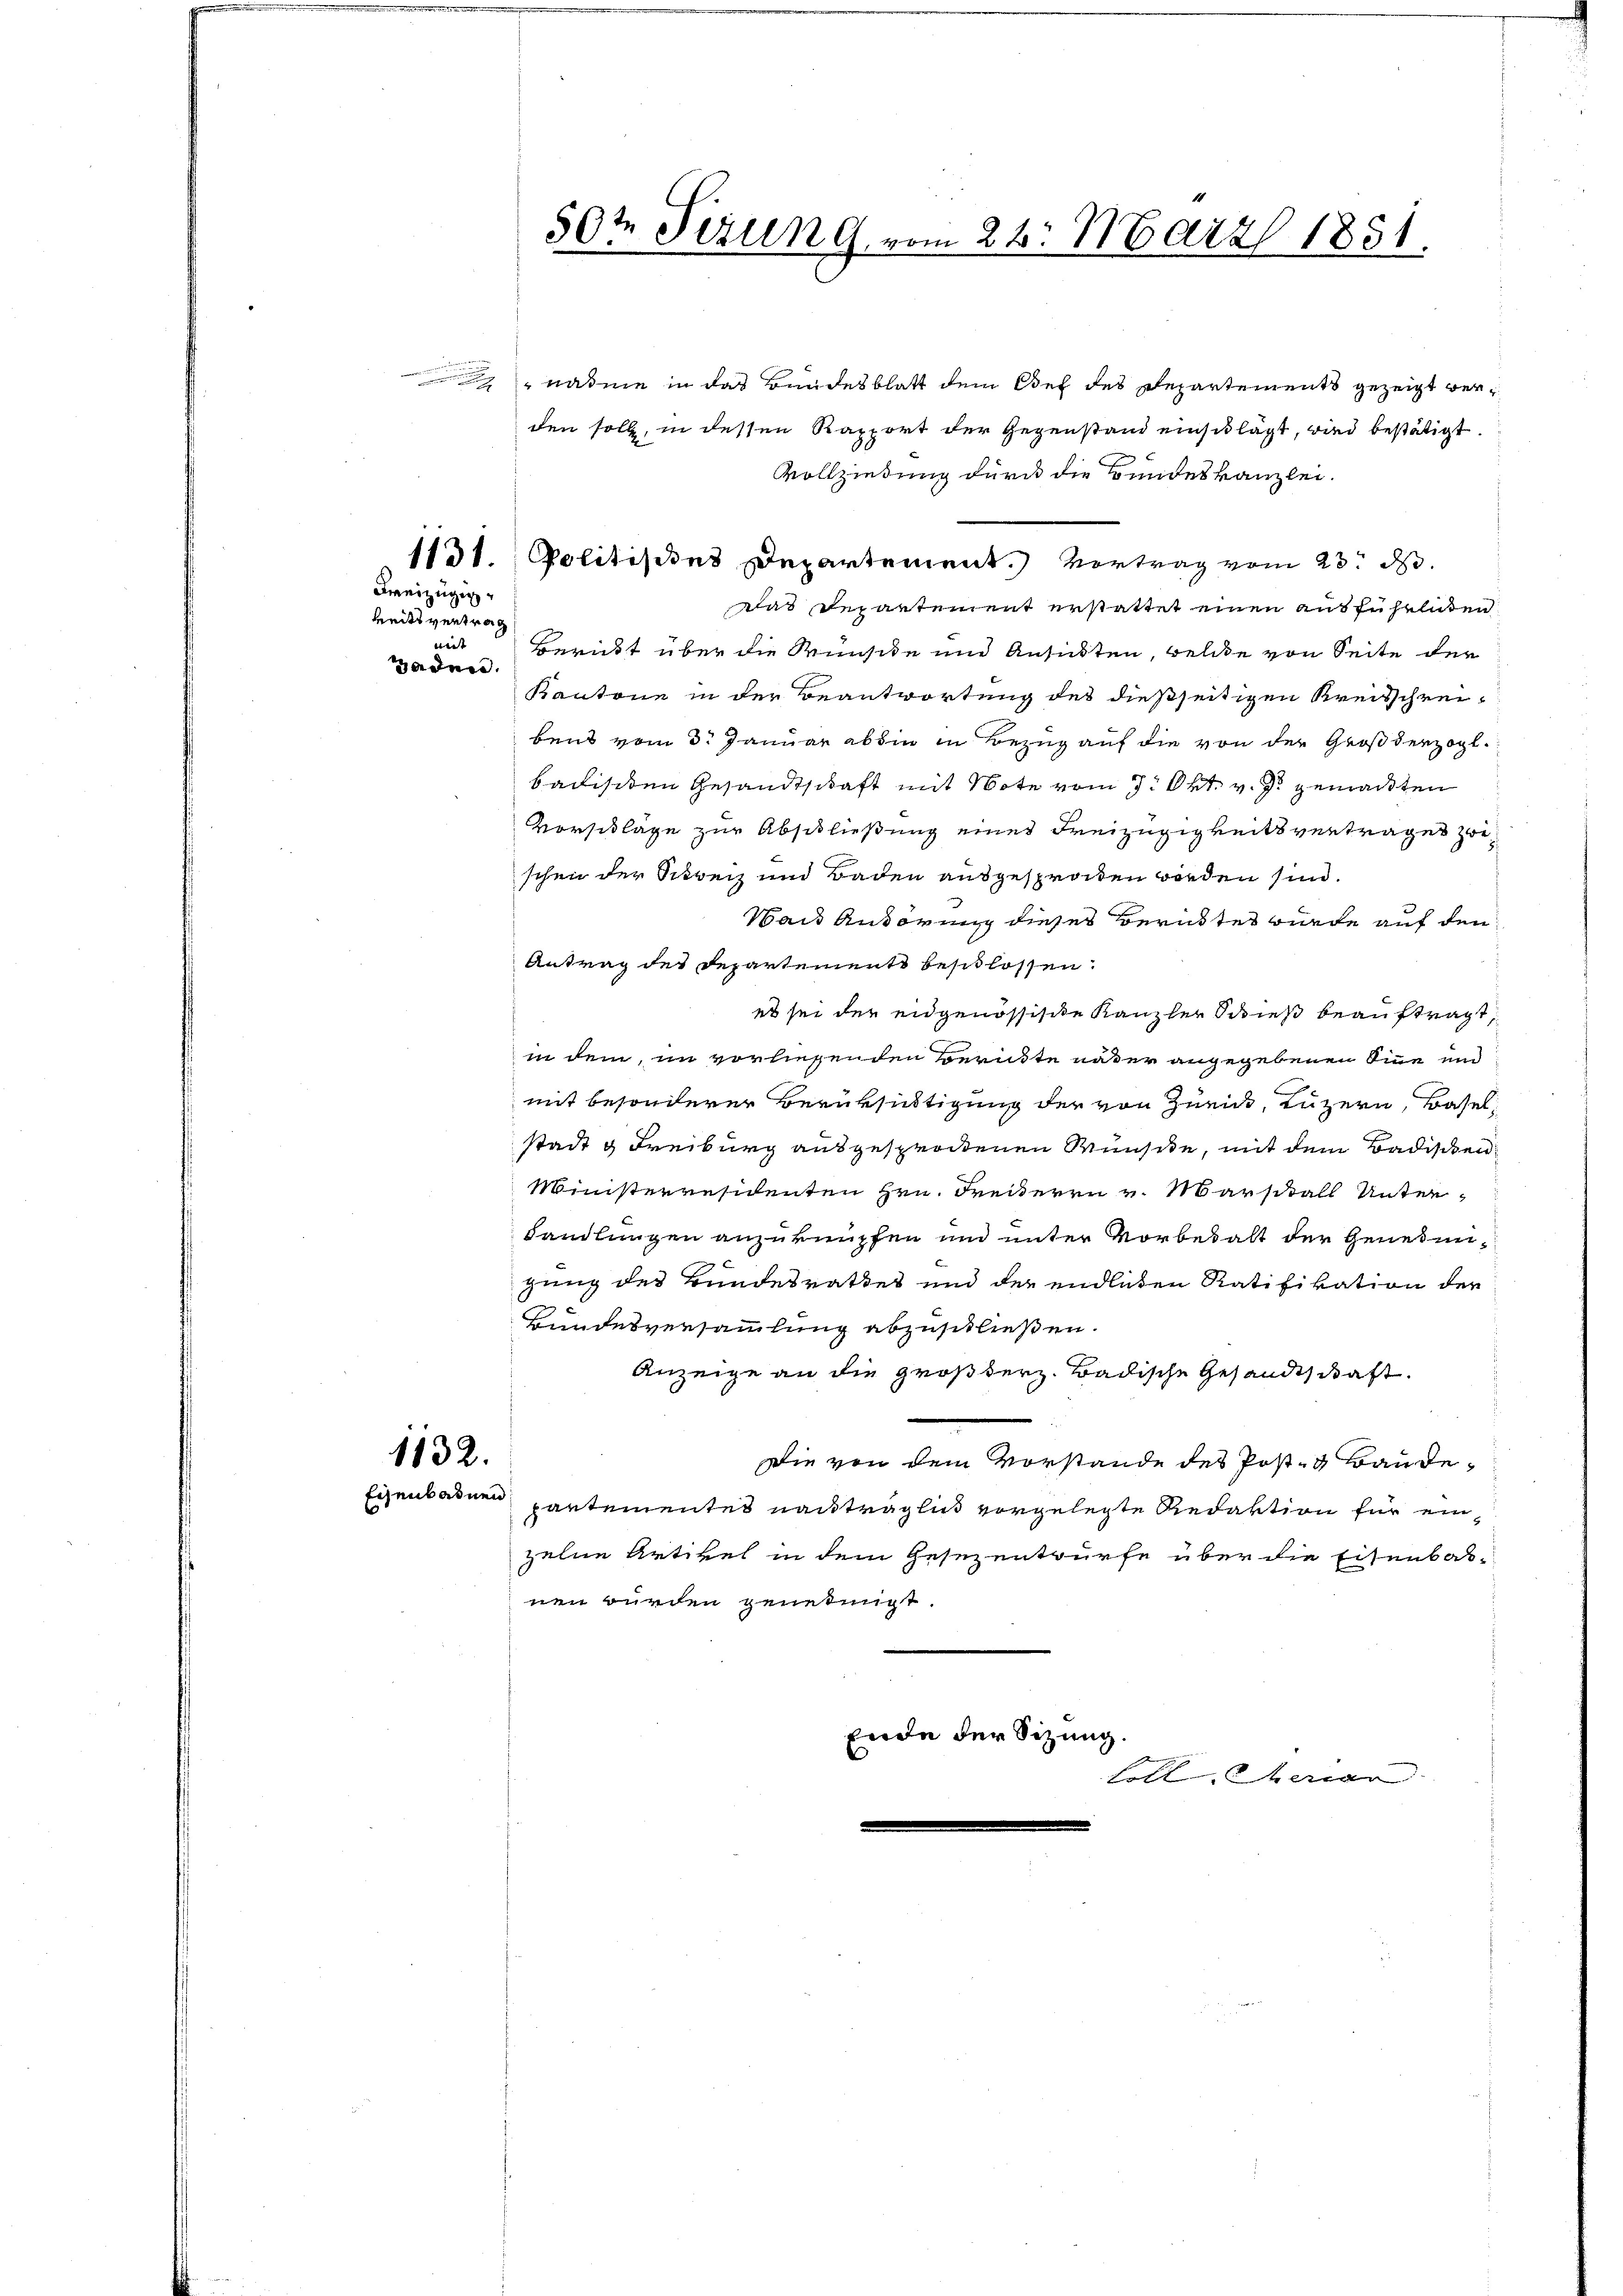
Freizügig
heitsvertrag
nit
adne

50te Sizung vom 26. März 1851.

nadene in das Bundesblatt dem Oef des Departements gezeigt werden soll, in dessen Rapport der Gegenstand einschlägt, wird bestätigt.
Vollziehung durch die Bundeskanzlei.
das Departement erstattet einen ausführlichen
Bericht über die Wünsche und Ansichten, welche von Seite der
Kantone in der Beantwortung des dießseitigen Kreisschreibend vom 3. Januar abhin in Bezug auf die von der Großherzogl.
badischen Gesandtschaft mit Note vom 7. Okt. v. J. gemachten
Vorschläge zur Abschließung eines Freizügigkeitsvertrages zwischen der Schweiz und Baden ausgesprochen worden sind.
Waus Anhörung dieses Berücktes wurde auf den
Antrag des Departements beschlossen:
es sei der eidgenössische Kanzler dieß beauftragt,
in dem, im vorliessenden Berückte näter angegebenen Sinne und
mit besonderer Berüksichtigung der von Zürick, Luzern, Basel,
stadt & Freiburg ausgesprochenen Wünste, mit dem Badischen
Ministerresidenten Hrn. Freiteren v. Marschall Unterhandlungen anzuknüpfen und unter Vorbehalt der Genehmizung des Bundesrathes und der endlichen Ratifikation der
Bundesversammlung abzuschließen.
Anzeige an die Großherz. Badische Gesandtschaft.
1132.
Die von dem Vorstande des Post- & Baude¬
Eisenbadnen partementes nachträglich vorgelegte Redaktion für einzelne Artikel in dem Gesezentwürfe über die Eisenbar-
nen würden genehmigt.
Ende der Sizung.
loll derar

1131. Politisies Departement. Vortrag vom 23. d.